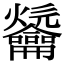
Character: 𪛑